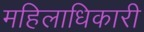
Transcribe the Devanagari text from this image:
महिलाधिकारी